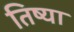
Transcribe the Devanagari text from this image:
तिष्या